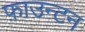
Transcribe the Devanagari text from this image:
फ़ाउन्टन